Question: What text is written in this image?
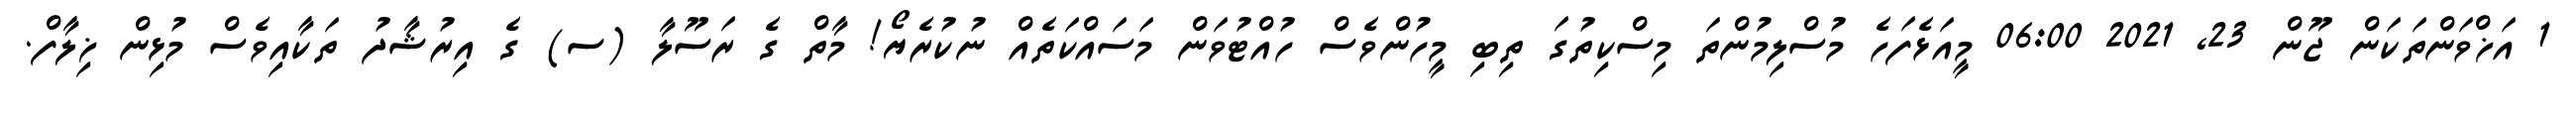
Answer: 1 އަޚްވަންތަކަން ޖޫން 23, 2021 06:00 މީއަޅެފަހެ މުސްލިމުންތަ މިސްކިތުގަ ތިބި މީހުންވެސް ހުއްޓުވަން މަސައްކަތެއް ނުކުރެޔޯ! މާތް ގެ ރަސޫލާ (ސ) ގެ އިރުޝާދު ތަކާއިވެސް މުޅިން ޚިލާފް.